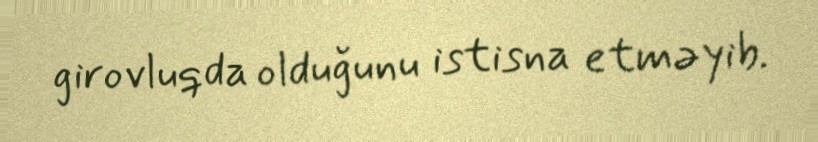
girovluqda olduğunu istisna etməyib.